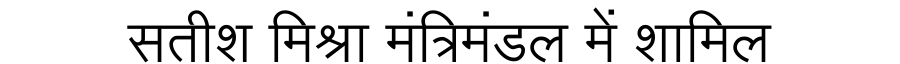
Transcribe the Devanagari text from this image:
सतीश मिश्रा मंत्रिमंडल में शामिल